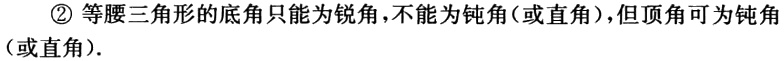
\textcircled{2} 等腰三角形的底角只能为锐角，不能为钝角（或直角），但顶角可为钝角（或直角）.